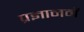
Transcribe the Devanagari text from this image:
प्रज्ञानमें